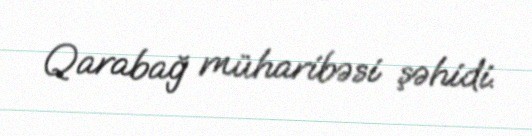
Qarabağ müharibəsi şəhidi.